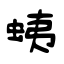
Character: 蛦